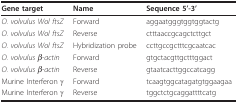
| Gene target | Name | Sequence 5'-3' |
 | --- | --- | --- |
 | O. volvulus Wol ftsZ | Forward | aggaatgggtggtggtactg |
 | O. volvulus Wol ftsZ | Reverse | ctttaaccgcagctcttgct |
 | O. volvulus Wol ftsZ | Hybridization probe | ccttgccgctttcgcaatcac |
 | O. volvulus β-actin | Forward | gtgctacgttgctttggact |
 | O. volvulus β-actin | Reverse | gtaatcacttggccatcagg |
 | Murine Interferon γ | Forward | tcaagtggcatagatgtggaagaa |
 | Murine Interferon γ | Reverse | tggctctgcaggattttcatg |